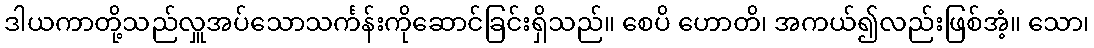
ဒါယကာတို့သည်လှူအပ်သောသင်္ကန်းကိုဆောင်ခြင်းရှိသည်။ စေပိ ဟောတိ၊ အကယ်၍လည်းဖြစ်အံ့။ သော၊